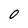
Character: O